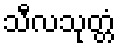
သီလသုတ္တံ